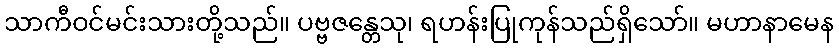
သာကီဝင်မင်းသားတို့သည်။ ပဗ္ဗဇန္တေသု၊ ရဟန်းပြုကုန်သည်ရှိသော်။ မဟာနာမေန